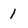
Character: 1